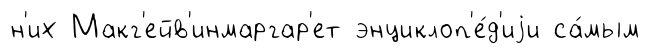
н'их Макг'ейв'инмаргар'ет энциклоп'е́д'иjи са́мым